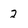
Character: 2